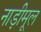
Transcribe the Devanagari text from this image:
नाड़ीमूल